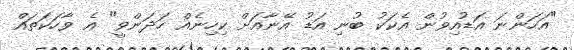
"އަހަންނަ އަޑުއިވުން އެކަކު ބުނި އަޑު އޭނާއަށް ކިހިނެއް ހަދަންވީ" އެ ވާހަކަތައް